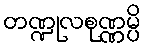
တဏ္ဍုလစုဏ္ဏမ္ပိ